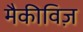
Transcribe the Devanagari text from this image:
मैकीविज़